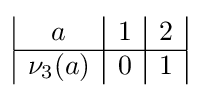
{\begin{array}{|c|c|c|c|c|c|c|}a&1&2\\\hline \nu _{3}(a)&0&1\\\end{array}}